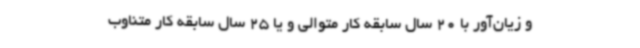
و زیان‌آور با 20 سال سابقه کار متوالی و یا 25 سال سابقه کار متناوب